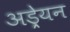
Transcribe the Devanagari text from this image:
अड्रेयन